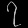
Digit: ၇